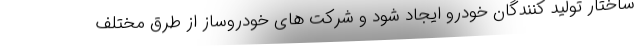
ساختار تولید کنندگان خودرو ایجاد شود و شرکت های خودروساز از طرق مختلف